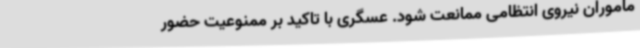
ماموران نیروی انتظامی ممانعت شود. عسگری با تاکید بر ممنوعیت حضور